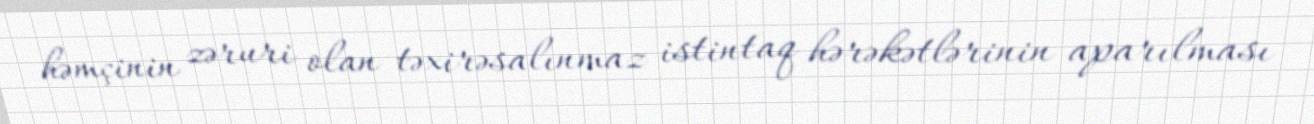
həmçinin zəruri olan təxirəsalınmaz istintaq hərəkətlərinin aparılması